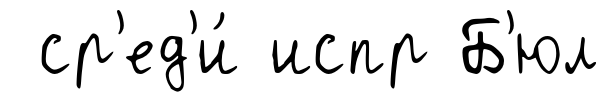
ср'ед'и́ испр Б'юл